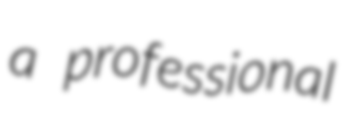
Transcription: a professional